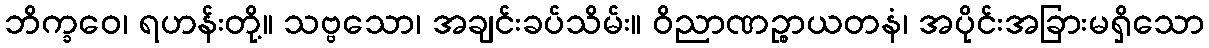
ဘိက္ခဝေ၊ ရဟန်းတို့။ သဗ္ဗသော၊ အချင်းခပ်သိမ်း။ ဝိညာဏဉ္စာယတနံ၊ အပိုင်းအခြားမရှိသော